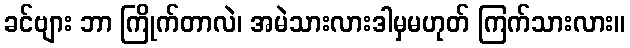
ခင်ဗျား ဘာ ကြိုက်တာလဲ၊ အမဲသားလားဒါမှမဟုတ် ကြက်သားလား။